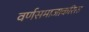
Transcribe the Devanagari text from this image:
वर्णसमाजाकरिता